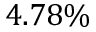
4 . 7 8 \%